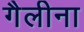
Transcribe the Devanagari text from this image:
गैलीना